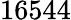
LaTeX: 16544